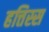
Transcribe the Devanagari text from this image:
हत्तिस्स